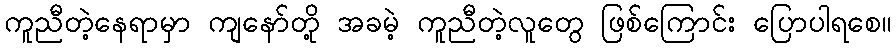
ကူညီတဲ့နေရာမှာ ကျနော်တို့ အခမဲ့ ကူညီတဲ့လူတွေ ဖြစ်ကြောင်း ပြောပါရစေ။